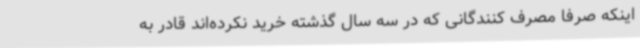
اینکه صرفا مصرف کنندگانی که در سه سال گذشته خرید نکرده‌اند قادر به